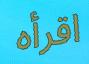
اقرأه